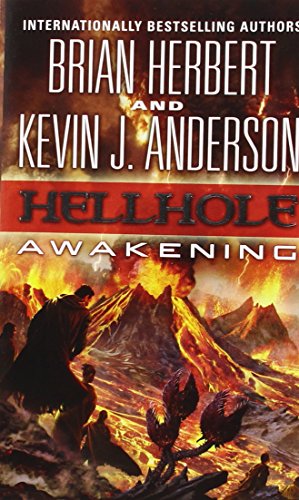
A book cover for Hellhole: Awakening (The Hellhole Trilogy); Brian Herbert; Science Fiction & Fantasy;